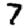
Digit: 7